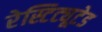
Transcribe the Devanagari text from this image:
रेस्टिट्यूटेड